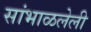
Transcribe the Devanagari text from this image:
सांभाळलेली